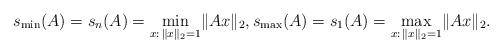
LaTeX: \begin{align*}s_{\min}(A)=s_n(A)=\min\limits_{x:\,\lVert x\rVert_2=1}\lVert Ax\rVert_2,s_{\max}(A)=s_1(A)=\max\limits_{x:\,\lVert x\rVert_2=1}\lVert Ax\rVert_2.\end{align*}